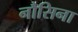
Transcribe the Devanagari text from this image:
नौसिना